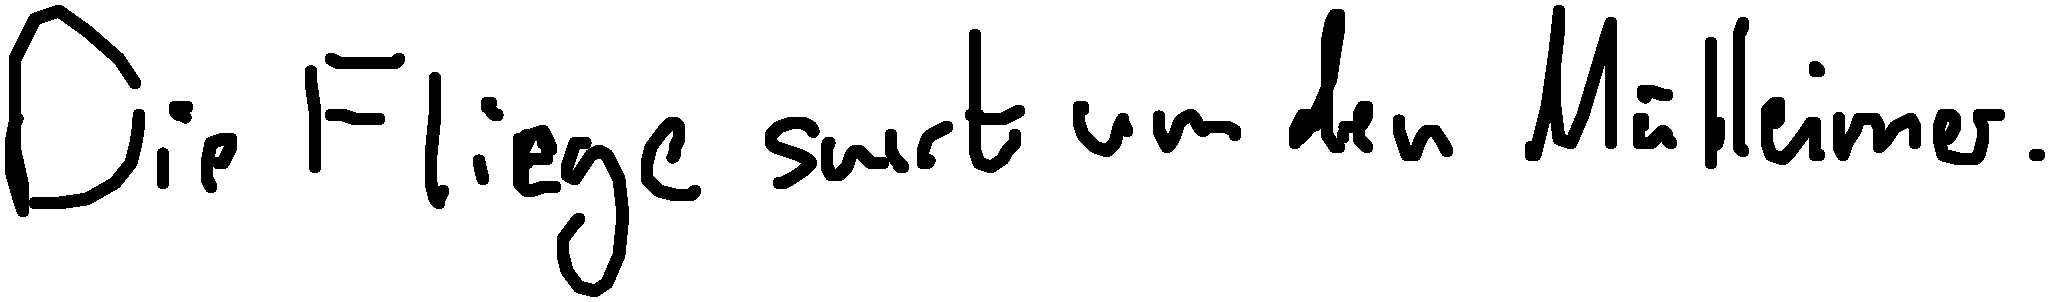
Die Fliege surrt um den Mülleimer.